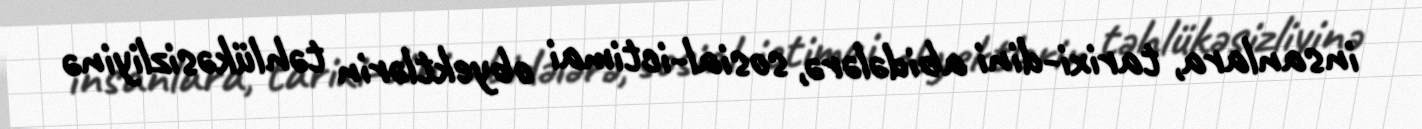
insanlara, tarixi-dini abidələrə, sosial-ictimai obyektlərin təhlükəsizliyinə